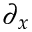
\partial _ { x }